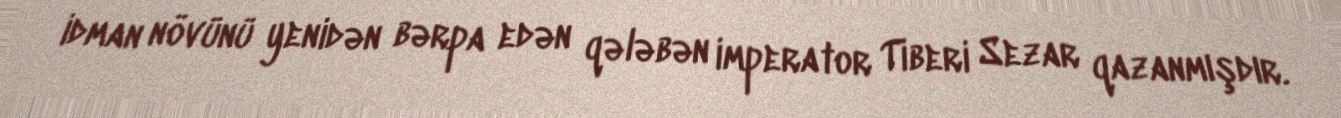
idman növünü yenidən bərpa edən qələbən imperator Tiberi Sezar qazanmışdır.